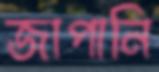
জাপানি